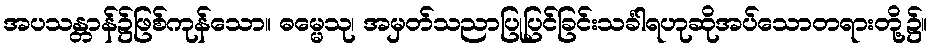
အပသန္တာန်၌ဖြစ်ကုန်သော။ ဓမ္မေသု၊ အမှတ်သညာပြုပြင်ခြင်းသင်္ခါရဟုဆိုအပ်သောတရားတို့၌။